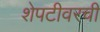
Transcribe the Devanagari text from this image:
शेपटीवरची